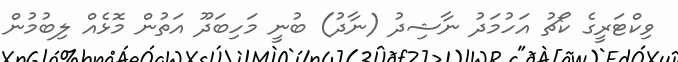
ވިކްޓަރީގެ ކޯޗު އަހުމަދު ނާޝިދު (ނާދު) ބުނީ މަހިބަދޫ އަތުން މޮޅެއް ލިބުމުން